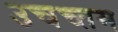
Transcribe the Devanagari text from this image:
उचच्तम